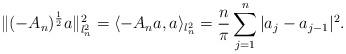
LaTeX: \begin{align*}\|(-A_n)^{\frac{1}{2}}a\|^2_{l^2_n}=\langle -A_na,a\rangle_{l^2_n}=\frac{n}{\pi}\sum_{j=1}^{n}|a_{j}-a_{j-1}|^2.\end{align*}